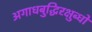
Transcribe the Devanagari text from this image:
अगाधबुद्धिरक्षुब्धो